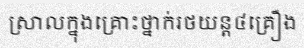
ស្រាលក្នុងគ្រោះថ្នាក់រថយន្ត៤គ្រឿង